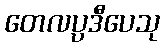
တေလပ္ပဒီပေသု